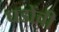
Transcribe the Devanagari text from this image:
घडोंची